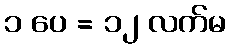
၁ ပေ = ၁၂ လက်မ